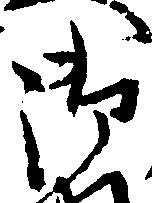
御